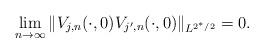
LaTeX: \begin{align*} \lim_{n \rightarrow \infty} \|V_{j,n}(\cdot, 0) V_{j',n}(\cdot, 0)\|_{L^{2^\ast/2}} = 0. \end{align*}